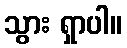
သွား ရှာပါ။